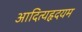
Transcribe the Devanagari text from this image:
आदित्यहृदयम